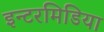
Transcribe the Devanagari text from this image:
इन्टरमिडिया